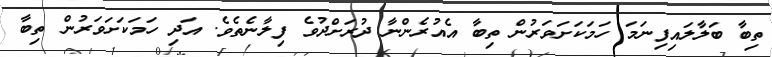
ތިބާ ބަލާލައިފިނަމަ ހަމަކަށަވަރުން ތިބާ އެއުރެންނާ ދުރަށްދުވެ ފިލާނެތެވެ. އަދި ހަމަކަށަވަރުން ތިބާ